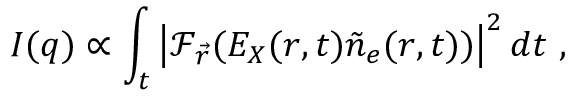
I ( \boldsymbol { q } ) \propto \int _ { t } \left| \mathcal { F } _ { \vec { r } } ( E _ { X } ( \boldsymbol { r } , t ) \tilde { n } _ { e } ( \boldsymbol { r } , t ) ) \right| ^ { 2 } d t \ ,